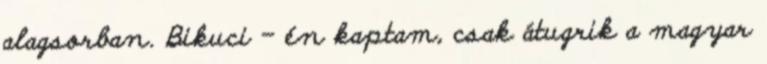
alagsorban. Bikuci – én kaptam, csak átugrik a magyar